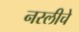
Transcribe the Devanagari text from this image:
नस्लीचे